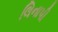
લિનાપી